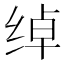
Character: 绰